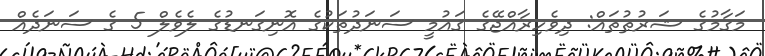
މަގާމުގެ ޝަރުޠުތައް: ދިވެހިރާއްޖޭގެ ޤައުމީ ސަނަދުތަކުގެ އޮނިގަނޑުގެ ލެވެލް 5 ގެ ސަނަދެއް